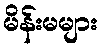
မိန်းမများ